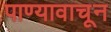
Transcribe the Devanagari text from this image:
पाण्यावाचून